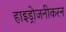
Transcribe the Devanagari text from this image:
हाइड्रोजनीकरन